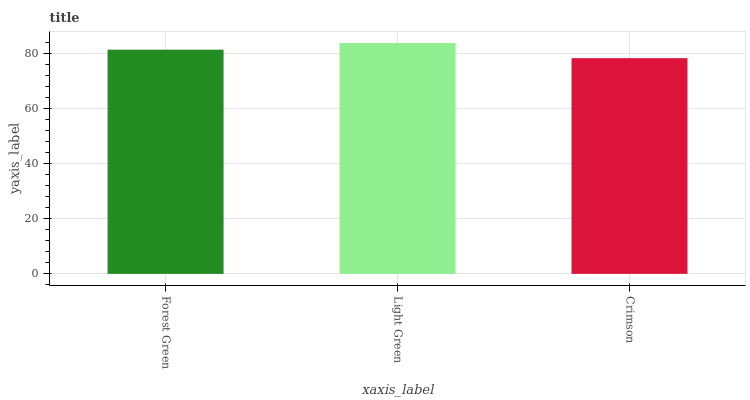
| xaxis_label | bars |
 | --- | --- |
 | Forest Green | 81.2 |
 | Light Green | 83.7 |
 | Crimson | 78.2 |